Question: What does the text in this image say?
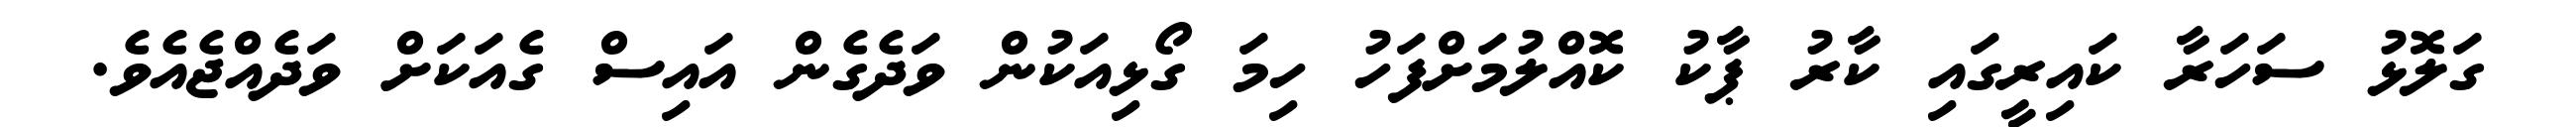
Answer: ގަލޮޅު ސަހަރާ ކައިރީގައި ކާރު ޕާކު ކޮއްލުމަށްފަހު ހިމަ ގޯޅިއަކުން ވަދެގެން އައިސް ގެއަކަށް ވަދެއްޖެއެވެ.